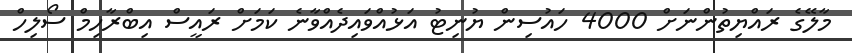
މާލޭގެ ރައްޔިތުންނަށް 4000 ހައުސިން ޔުނިޓު އަޅުއްވައިދެއްވާނެ ކަމަށް ރައީސް އިބްރާހިމް ސޯލިހް